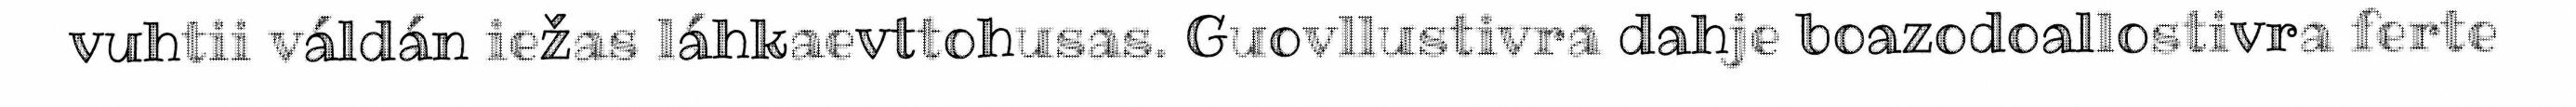
vuhtii váldán iežas láhkaevttohusas. Guovllustivra dahje boazodoallostivra ferte